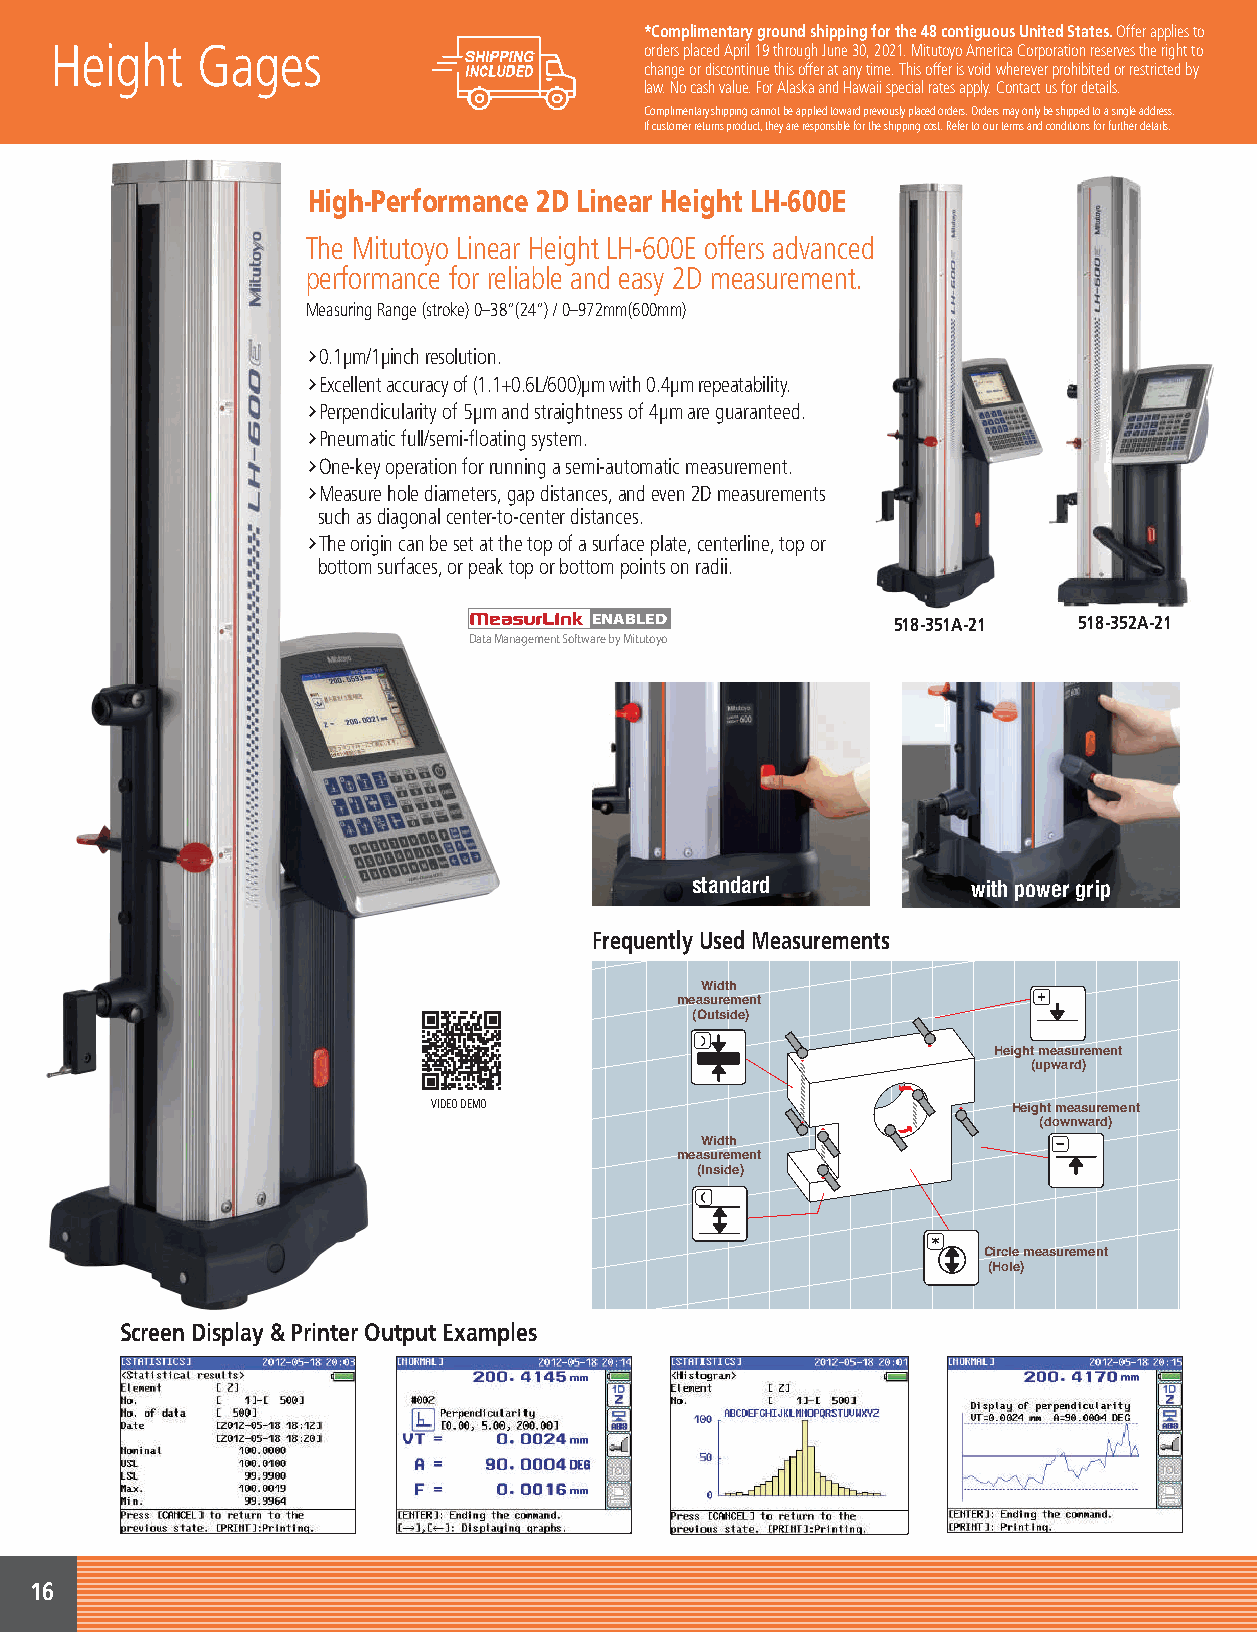
*Complimentary ground shipping for the 48 contiguous United States. Offer applies to
 Height    Gages                         ordersG placead Apgril 1e9 th rouBgh Jluone 3c0, 2k021s. M itu/to yoS AmPericaC Corp orCation aresebrves lthee rigsht to 10% OFF PLUS Complimentary Shipping & Calibration
 change or discontinue this offer at any time. This offer is void wherever prohibited or restricted by
 law. No cash value. For Alaska and Hawaii special rates apply. Contact us for details.
 Complimentary shipping cannot be applied toward previously placed orders. Orders may only be shipped to a single address.
 If customer returns product, they are responsible for the shipping cost. Refer to our terms and conditions for further details.
 High-Performance 2D Linear Height LH-600E
 The Mitutoyo Linear Height LH-600E offers advanced
 performance for reliable and easy 2D measurement.
 Measuring Range (stroke) 0–38”(24”) / 0–972mm(600mm)
 †0.1μm/1μinch resolution.
 †Excellent accuracy of (1.1+0.6L/600)μm with 0.4μm repeatability.
 †Perpendicularity of 5μm and straightness of 4μm are guaranteed.
 †Pneumatic full/semi-floating system.
 †One-key operation for running a semi-automatic measurement.
 †Measure hole diameters, gap distances, and even 2D measurements
 such as diagonal center-to-center distances.
 †The origin can be set at the top of a surface plate, centerline, top or
 bottom surfaces, or peak top or bottom points on radii.
 ENABLED             518-351A-21 518-352A-21
 Data Management Software by Mitutoyo
 standard          with power grip
 Frequently Used Measurements
 Width
 measurement
 (Outside)
 Height measurement
 (upward)
 VIDEO DEMO                            Height measurement
 (downward)
 Width
 measurement
 (Inside)
 Circle measurement
 (Hole)
 Screen Display & Printer Output Examples
 16